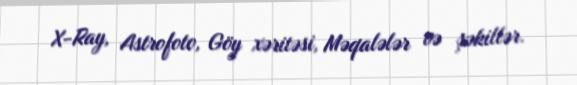
X-Ray, Astrofoto, Göy xəritəsi, Məqalələr və şəkillər.